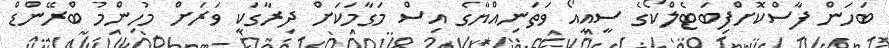
ބަހަން ފާސްކޮށްފިބަޓެލްކޯގެ ސީއީއޯ ވަތަނިއްޔާގެ އިސް މަގާމަކަށް ދިރާގަކީ ވަރަށް މުހިންމު ބްރޭންޑް